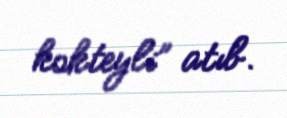
kokteyli” atıb.